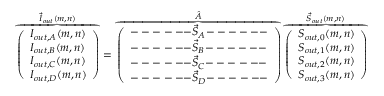
\overbrace { \left( \begin{array} { l } { I _ { o u t , A } ( m , n ) } \\ { I _ { o u t , B } ( m , n ) } \\ { I _ { o u t , C } ( m , n ) } \\ { I _ { o u t , D } ( m , n ) } \end{array} \right) } ^ { \vec { I } _ { o u t } ( m , n ) } = \overbrace { \left( \begin{array} { l } { \mathrm { --- --- } \vec { S } _ { A } \mathrm { --- --- } } \\ { \mathrm { --- --- } \vec { S } _ { B } \mathrm { --- --- } } \\ { \mathrm { --- --- } \vec { S } _ { C } \mathrm { --- --- } } \\ { \mathrm { --- --- } \vec { S } _ { D } \mathrm { --- --- } } \end{array} \right) } ^ { \hat { A } } \overbrace { \left( \begin{array} { l } { S _ { o u t , 0 } ( m , n ) } \\ { S _ { o u t , 1 } ( m , n ) } \\ { S _ { o u t , 2 } ( m , n ) } \\ { S _ { o u t , 3 } ( m , n ) } \end{array} \right) } ^ { \vec { S } _ { o u t } ( m , n ) }